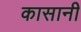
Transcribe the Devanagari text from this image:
कासानी